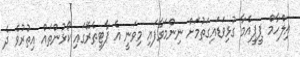
އިލްހާމް ޕީޕީއެމާ ގުޅިވަޑައިގަތުމަށް ނިންމަވާފައި މިވަނީ އެ ޕާޓީތެރޭގައި ކޯޅުންތައް އިތުރުވެ ދެ